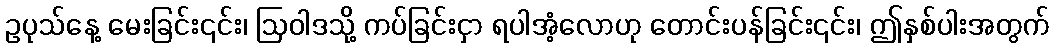
ဥပုသ်နေ့ မေးခြင်း၎င်း၊ ဩဝါဒသို့ ကပ်ခြင်းငှာ ရပါအံ့လောဟု တောင်းပန်ခြင်း၎င်း၊ ဤနှစ်ပါးအတွက်